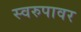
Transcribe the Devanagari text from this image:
स्वरुपावर